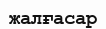
жалғасар